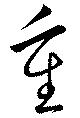
重